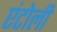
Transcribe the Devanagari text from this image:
एंटोली